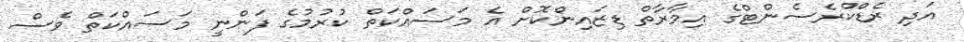
އަދި ރެޑްކްރެސެންޓްގެ އިމާރާތް ޑިޒައިންކޮށް އެ މަސައްކަތް ކުރުމުގެ ފަންނީ މަަސައްކަތް ވެސް